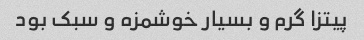
پیتزا گرم و بسیار خوشمزه و سبک بود